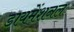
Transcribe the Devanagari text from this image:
डायमेंशनल